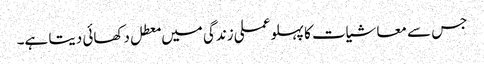
جس سے معاشیات کا پہلو عملی زندگی میں معطل دکھائی دیتا ہے۔